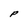
Character: P